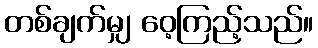
တစ်ချက်မျှ ဝေ့ကြည့်သည်။